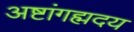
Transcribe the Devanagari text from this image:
अष्टांगह्मदय